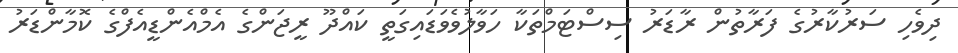
ދިވެހި ސަރުކާރުގެ ފަރާތުން ރާޑަރު ސިސްޓަމްތަކާ ހަވާލުވެވަޑައިގަތީ ކައްދޫ ރީޖަންގެ އެމްއެންޑީއެފްގެ ކޮމާންޑަރު